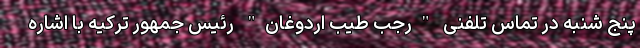
پنج شنبه در تماس تلفنی "رجب طیب اردوغان" رئیس جمهور ترکیه با اشاره